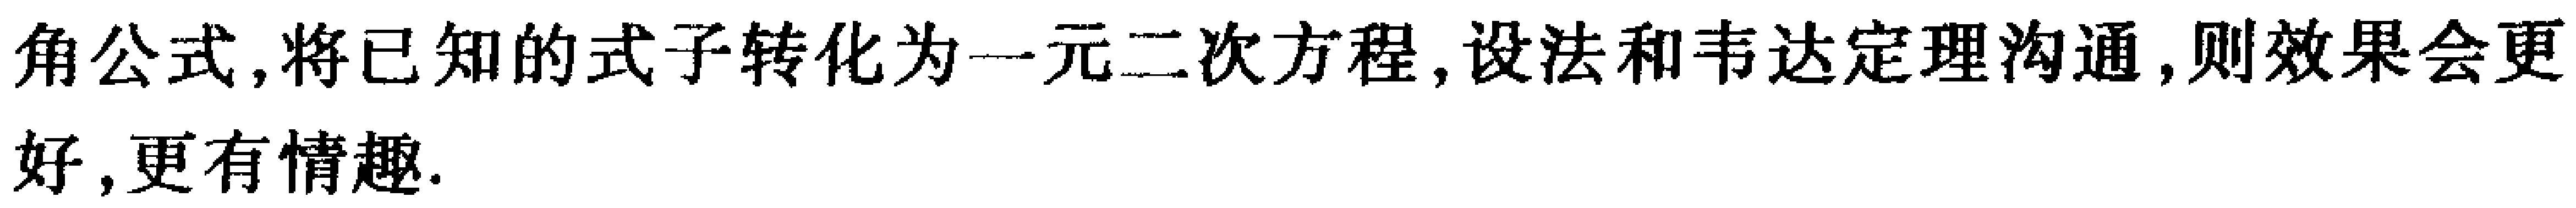
角公式,将已知的式子转化为一元二次方程,设法和韦达定理沟通,则效果会更好,更有情趣.